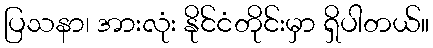
ပြသနာ၊ အားလုံး နိုင်ငံတိုင်းမှာ ရှိပါတယ်။